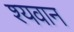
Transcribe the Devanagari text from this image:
श्यवान